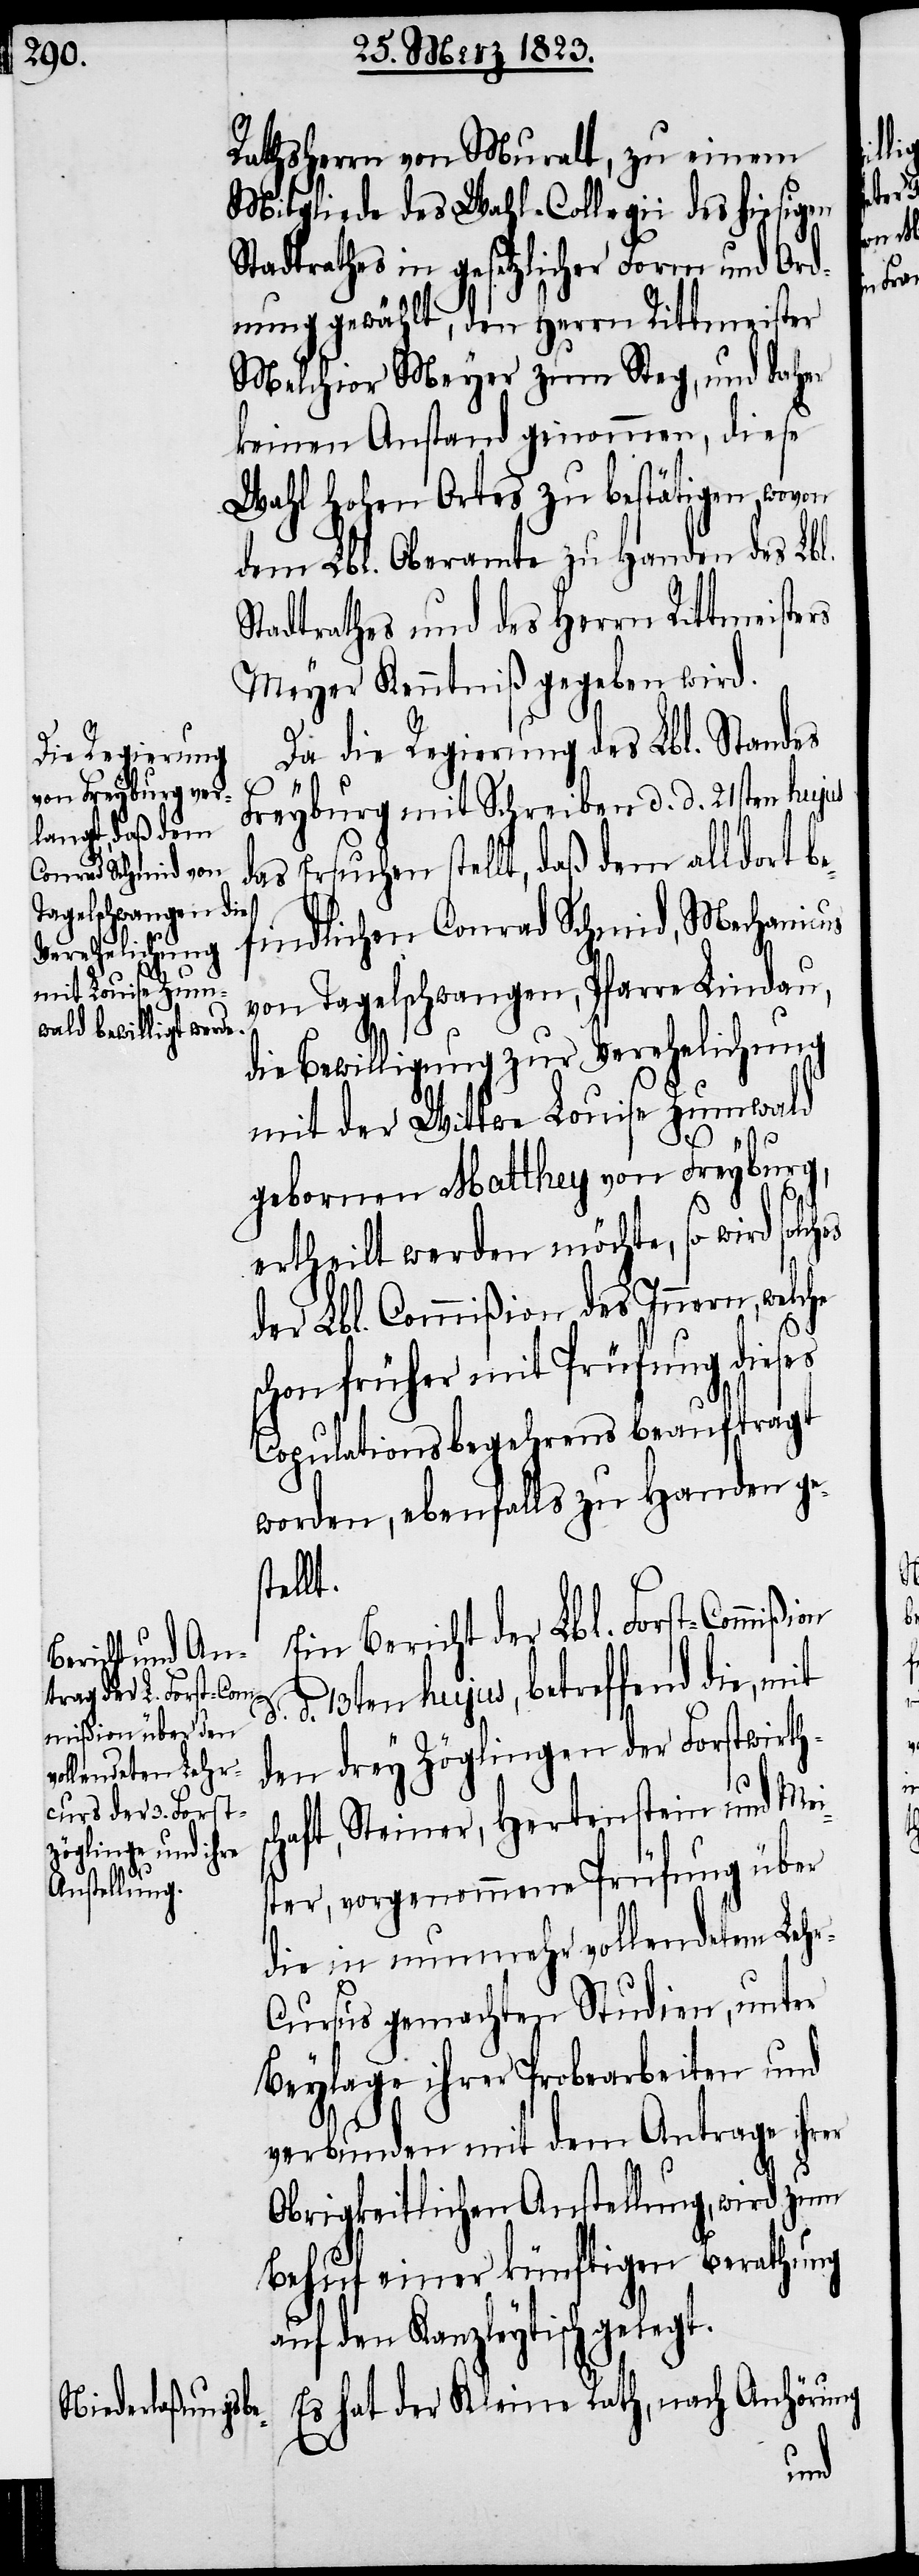
Rathsherrn von Muralt, zu einem
Mitgliede des Wahl-Collegii des hiesigen
Stadtrathes in gesetzlicher Form und Ord¬
nung gewählt, den Herrn Rittmeister
Melchior Meyer zum Steg, und daher
keinen Anstand genommen, diese
Wahl hohen Ortes zu bestätigen, wovon
dem Lbl. Oberamte zu Handen des Lbl.
Stadtrathes und des Herrn Rittmeisters
Meyer Kenntniß gegeben wird.
Da die Regierung des Lbl. Standes
Freyburg mit Schreiben d. d. 21sten hujus
das Ersuchen stellt, daß dem alldort be¬
findlichen Conrad Schmid, Mechanicus
von Tagelschwangen, Pfarre Lindau,
die Bewilligung zur Verehelichung
mit der Wittwe Louise Zumwald
gebornen Matthey von Freyburg,
ertheilt werden möchte, so wird solc¬
der Lbl. Commißion des Innern, welche
chon früher mit Prüfung dieses
Copulationsbegehrens beauftragt
worden, ebenfalls zu Handen ge¬
stellt.
Ein Bericht der Lbl. Forst-Commißion
d. 13ten hujus, betreffend die, mit
den drey Zöglingen der Forstwirths¬
chaft, Steiner, Hertenstein und Mei¬
ster, vorgenommene Prüfung über
die in nunmehr vollendetem Leh¬
ursus gemachten Studien, unter
Beylage ihrer Probearbeiten und
verbunden mit dem Antrage ihrer
Obrigkeitlichen Anstellung, wird zum
Behuf einer künftigen Berathung
auf den Kanzleytisch gelegt.
Es hat der Kleine Rath, nach Anhörung

d.
hes
r-C¬